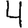
Digit: 4